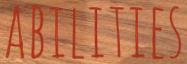
ABILITIES